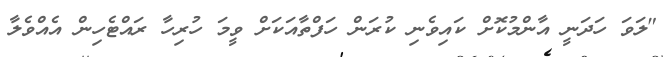
"ލަވަ ހަދަނީ އާންމުކޮށް ކައިވެނި ކުރަން ހަފްތާއަކަށް ވީމަ ހުރިހާ ރައްޓެހިން އެއްވެލާ